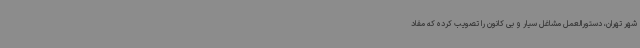
شهر تهران، دستورالعمل مشاغل سیار و بی کانون را تصویب کرده که مفاد